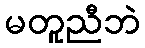
မတူညီဘဲ